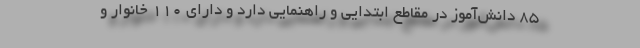
۸۵ دانش‌آموز در مقاطع ابتدایی و راهنمایی دارد و دارای ۱۱۰ خانوار و